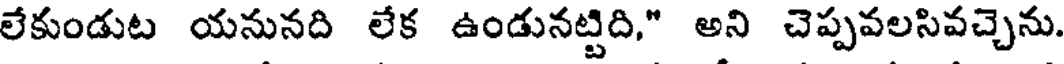
లేకుండుట యనునది లేక ఉండునట్టిది," అని చెప్పవలసివచ్చెను.